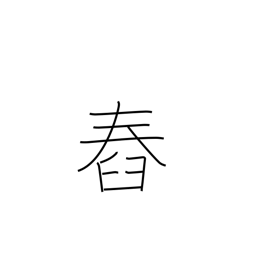
Meaning: set (sun)